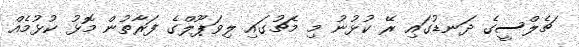
ޗެލްސީގެ ދަނޑުގައި ރޭ ކުޅުނު މި މެޗުގައި ލިވަޕޫލްގެ ފަރާތުން މޮޅު ކުޅުމެއް